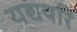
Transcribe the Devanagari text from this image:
यद्यपरि